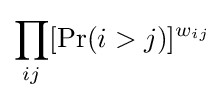
\prod _{ij}[\Pr(i>j)]^{w_{ij}}